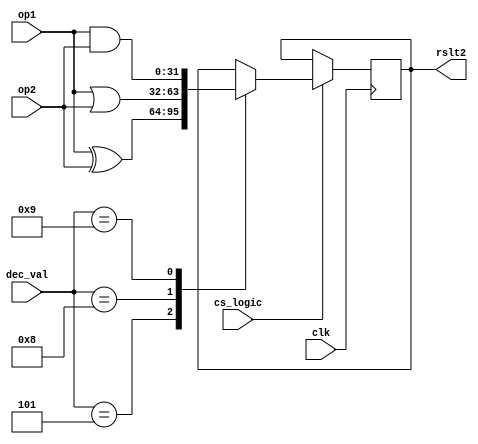
`timescale 1ns/1ps 
module logical(
  input [31:0]  op1,op2,
  input 	clk,
  input     cs_logic,
  input [3:0] dec_val,
  output reg [31:0] rslt2
);
  always@(posedge clk)
    begin
      if(cs_logic)
        case(dec_val)
          5:begin
            rslt2=op1^op2;
          end
          8:rslt2=op1|op2;
          9:rslt2=op1&op2;
        endcase
    end
  
endmodule